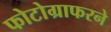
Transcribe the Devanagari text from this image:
फोटोग्राफरने